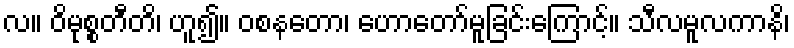
လ။ ဝိမုစ္စတီတိ၊ ဟူ၍။ ဝစနတော၊ ဟောတော်မူခြင်းကြောင့်။ သီလမူလကာနိ၊